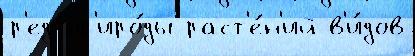
р'ед пр'иро́ды раст'е́н'ий в'и́дов